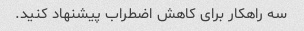
سه راهکار برای کاهش اضطراب پیشنهاد کنید.